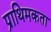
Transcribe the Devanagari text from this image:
प्राथिमकता